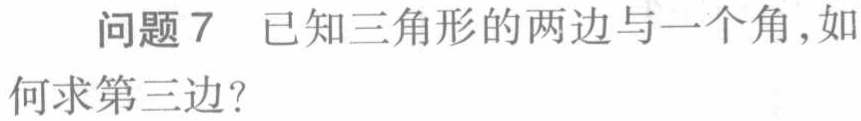
问题7 已知三角形的两边与一个角,如何求第三边？